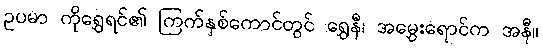
ဥပမာ ကိုရွှေရင်၏ ကြက်နှစ်ကောင်တွင် ရွှေနီ၊ အမွှေးရောင်က အနီ။